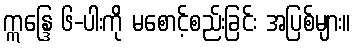
ဣန္ဒြေ ၆-ပါးကို မစောင့်စည်းခြင်း အပြစ်များ။